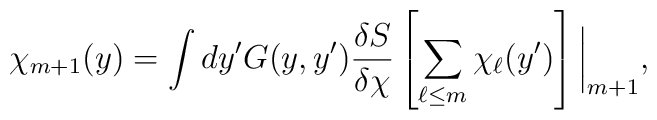
~\chi_{m+1}(y) = \int dy' G(y, y') \frac{\delta S}{\delta \chi} \left[ \sum_{\ell \leq m} \chi_{\ell}(y') \right] \bigg|_{m+1},